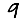
Digit: 9